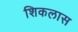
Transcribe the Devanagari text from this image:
शिकलास